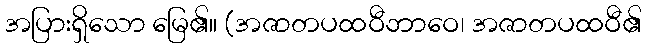
အပြားရှိသော မြေ၏။ (အဇာတပထဝီဘာဝေ၊ အဇာတပထဝီ၏